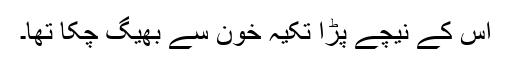
اس کے نیچے پڑا تکیہ خون سے بھیگ چکا تھا۔